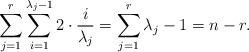
LaTeX: \begin{align*}\sum _{j=1}^r\sum _{i=1}^{\lambda _j-1} 2\cdot \frac{i}{\lambda _j}=\sum _{j=1}^r \lambda _j-1 = n -r .\end{align*}